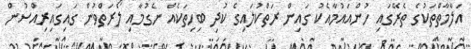
އަލާމާތްތަކުގެ ތެރޭގައި ހުންއައުމާއެކު ގައިން ރަތްކުލައިގެ ކުދި ބިހިތަކެއް ނެގުމާއި ލޯރަތްވުން ގައިގައިރިއްސުން